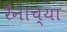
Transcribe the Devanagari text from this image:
रैनाच्या